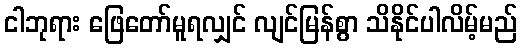
ငါဘုရား ဖြေတော်မူရလျှင် လျင်မြန်စွာ သိနိုင်ပါလိမ့်မည်